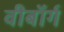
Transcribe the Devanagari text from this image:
वीबॉर्ग